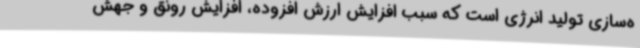
ه‌سازی تولید انرژی است که سبب افزایش ارزش افزوده، افزایش رونق و جهش